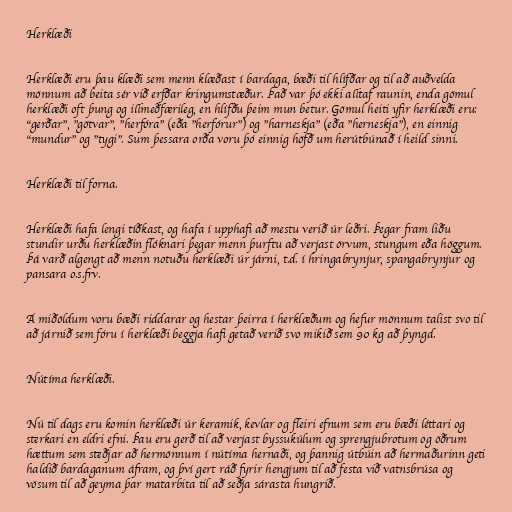
Herklæði

Herklæði eru þau klæði sem menn klæðast í bardaga, bæði til hlífðar og til að auðvelda
mönnum að beita sér við erfðar kringumstæður. Það var þó ekki alltaf raunin, enda gömul
herklæði oft þung og illmeðfærileg, en hlífðu þeim mun betur. Gömul heiti yfir herklæði eru:
"gerðar", "götvar", "herfóra" (eða "herfórur") og "harneskja" (eða "herneskja"), en einnig
"mundur" og "tygi". Sum þessara orða voru þó einnig höfð um herútbúnað í heild sinni.

Herklæði til forna.

Herklæði hafa lengi tíðkast, og hafa í upphafi að mestu verið úr leðri. Þegar fram liðu
stundir urðu herklæðin flóknari þegar menn þurftu að verjast örvum, stungum eða höggum.
Þá varð algengt að menn notuðu herklæði úr járni, t.d. í hringabrynjur, spangabrynjur og
pansara o.s.frv.

Á miðöldum voru bæði riddarar og hestar þeirra í herklæðum og hefur mönnum talist svo til
að járnið sem fóru í herklæði beggja hafi getað verið svo mikið sem 90 kg að þyngd.

Nútíma herklæði.

Nú til dags eru komin herklæði úr keramik, kevlar og fleiri efnum sem eru bæði léttari og
sterkari en eldri efni. Þau eru gerð til að verjast byssukúlum og sprengjubrotum og öðrum
hættum sem steðjar að hermönnum í nútíma hernaði, og þannig útbúin að hermaðurinn geti
haldið bardaganum áfram, og því gert ráð fyrir hengjum til að festa við vatnsbrúsa og
vösum til að geyma þar matarbita til að seðja sárasta hungrið.